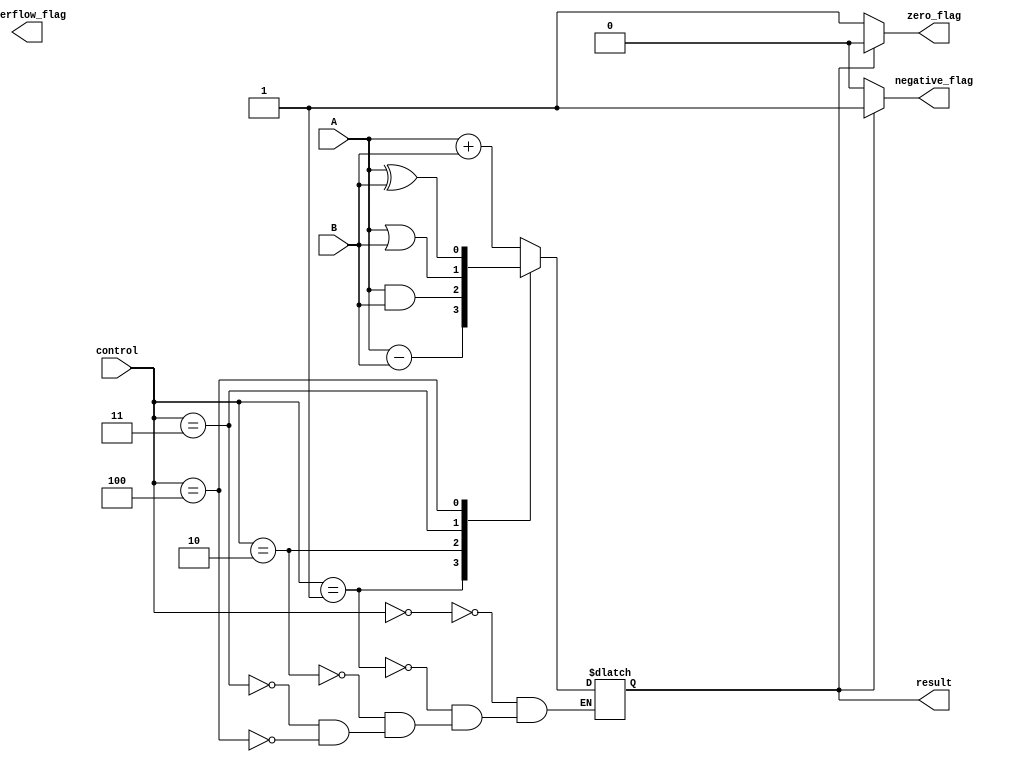
module ALU (
    input wire A,
    input wire B,
    input wire [2:0] control,
    output reg result,
    output reg zero_flag,
    output reg negative_flag,
    output reg overflow_flag
);

reg temp_result;

always @ (A, B, control) begin
    case(control)
        3'b000: temp_result = A + B; // Addition
        3'b001: temp_result = A - B; // Subtraction
        3'b010: temp_result = A & B; // Bitwise AND
        3'b011: temp_result = A | B; // Bitwise OR
        3'b100: temp_result = A ^ B; // Bitwise XOR
    endcase
end

always @ (temp_result) begin
    result = temp_result;
    zero_flag = (temp_result == 1'b0) ? 1 : 0;
    negative_flag = (temp_result[0] == 1) ? 1 : 0;
    // Overflow flag logic can be added here for arithmetic operations
end

endmodule